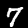
Label: 7